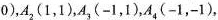
0)，A_{2}(1，1)，A_{3}(-1，1)，A_{4}(-1，-1)，